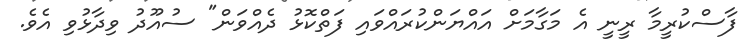
ފާސްކުރީމާ ރީނީ އެ މަގާމަށް އައްޔަންކުރައްވައި ފަތްކޮޅު ދެއްވަން" ސުއޫދު ވިދާޅުވި އެވެ.